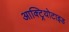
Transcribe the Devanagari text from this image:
आक्ट्रियोटाइड